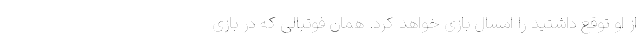
از او توقع داشتید را امسال بازی خواهد کرد. همان فوتبالی که در بازی